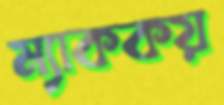
ম্যাককয়